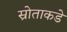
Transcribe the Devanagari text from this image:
स्रोताकडे